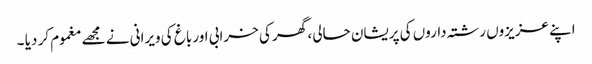
اپنے عزیزوں رشتہ داروں کی پریشان حالی ، گھر کی خرابی اور باغ کی ویرانی نے مجھے مغموم کر دیا ۔